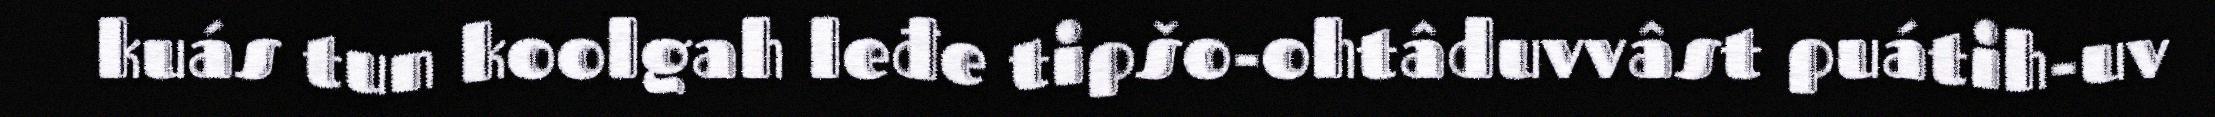
kuás tun koolgah leđe tipšo-ohtâduvvâst puátih-uv